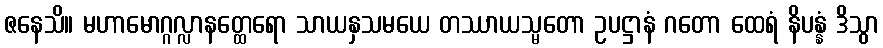
ဇနေသိ။ မဟာမောဂ္ဂလ္လာနတ္ထေရော သာယနှသမယေ တဿာယသ္မတော ဥပဋ္ဌာနံ ဂတော ထေရံ နိပန္နံ ဒိသွာ